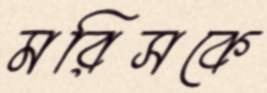
মরিসকে